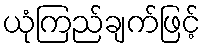
ယုံကြည်ချက်ဖြင့်